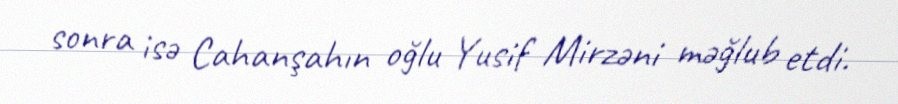
sonra isə Cahanşahın oğlu Yusif Mirzəni məğlub etdi.